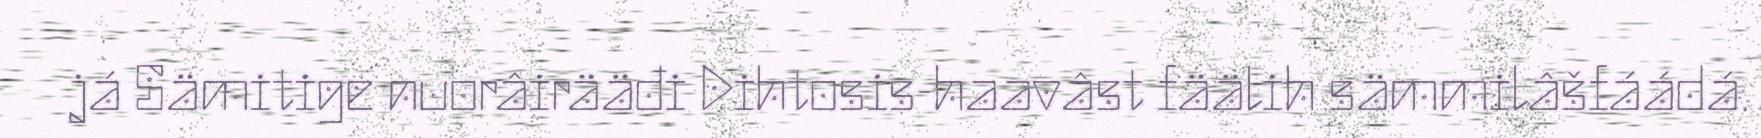
já Sämitige nuorâirääđi Dihtosis-haavâst fäälih sämmilâšfáádá